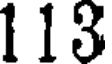
1 13